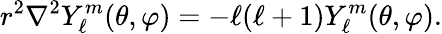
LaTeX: r^{2}\nabla^{2}Y_{\ell}^{m}(\theta,\varphi)=-\ell(\ell+1)Y_{\ell}^{m}(\theta,\varphi).